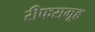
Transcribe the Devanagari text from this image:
रीफसमूह